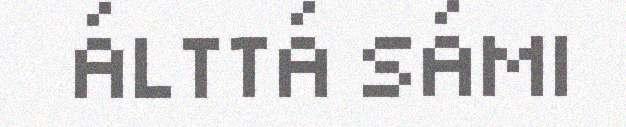
ÁLTTÁ SÁMI